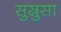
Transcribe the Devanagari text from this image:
सुस्रुसा